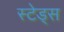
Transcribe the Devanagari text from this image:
स्टेड्स